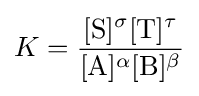
K={\frac {[\mathrm {S} ]^{\sigma }[\mathrm {T} ]^{\tau }}{[\mathrm {A} ]^{\alpha }[\mathrm {B} ]^{\beta }}}